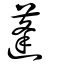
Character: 蓬